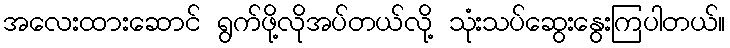
အလေးထားဆောင် ရွက်ဖို့လိုအပ်တယ်လို့ သုံးသပ်ဆွေးနွေးကြပါတယ်။